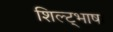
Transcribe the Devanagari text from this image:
शिल्ट्भाषा